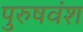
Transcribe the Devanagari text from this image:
पुरुषवंश